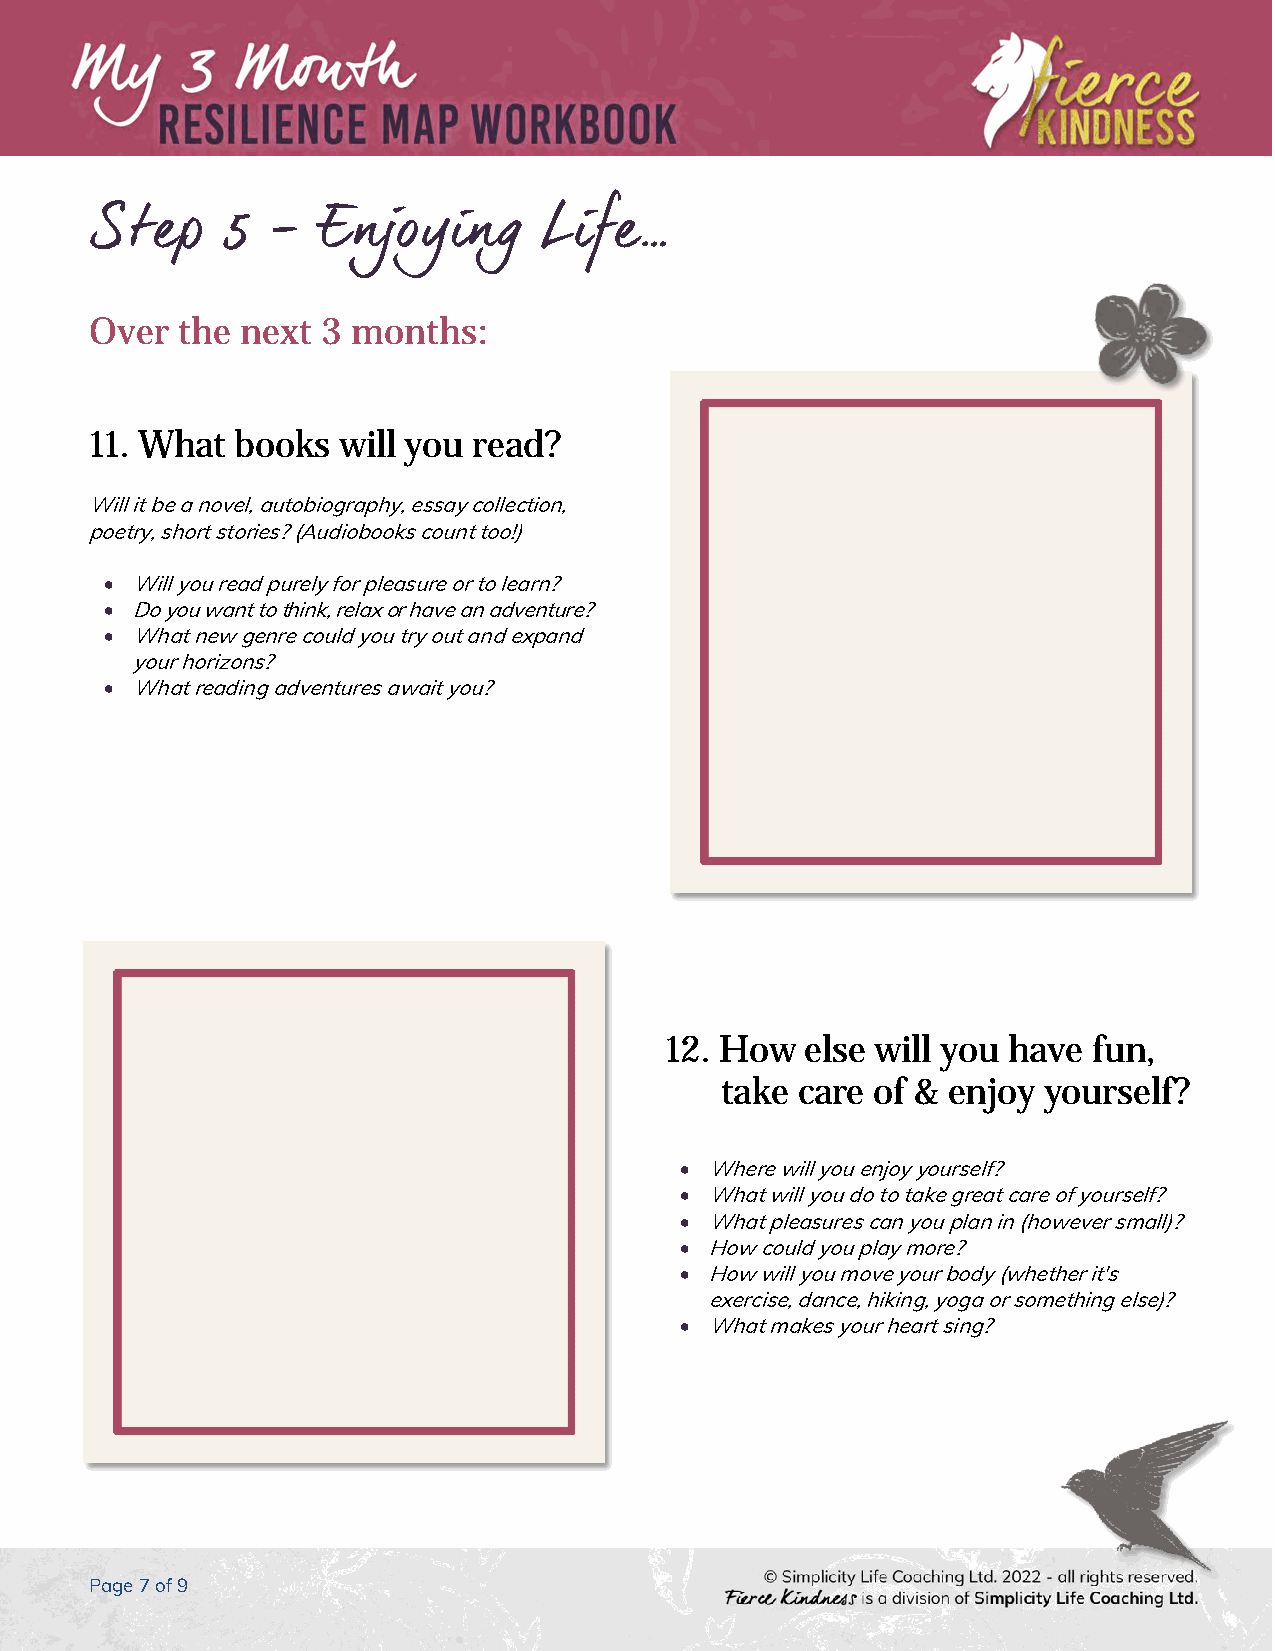
Step     5  -  Enjoying       Life…
 Over  the next 3 months:
 11. What  books will you read?
 Will it be a novel, autobiography, essay collection,
 poetry, short stories? (Audiobooks count too!)
 • Will you read purely for pleasure or to learn?
 • Do you want to think, relax or have an adventure?
 • What new genre could you try out and expand
 your horizons?
 • What reading adventures await you?
 12. How  else will you have fun,
 take care of & enjoy yourself?
 • Where will you enjoy yourself?
 • What will you do to take great care of yourself?
 • What pleasures can you plan in (however small)?
 • How could you play more?
 • How will you move your body (whether it's
 exercise, dance, hiking, yoga or something else)?
 • What makes your heart sing?
 Page 7 of 9